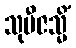
သုဗီဇသ္မိံ